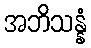
အဘိသန္နံ